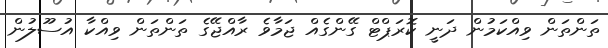
ތަންތަން ވިއްކަމުން ދަނީ ކޮރަޕްޓް ގޭންގެއް ޖަމާވެ ރާއްޖޭގެ ތަންތަން ވިއްކާ އުސޫލުން